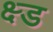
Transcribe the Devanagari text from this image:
क्ष्ड